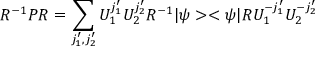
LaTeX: R ^ { - 1 } P R = \sum _ { j _ { 1 } ^ { \prime } , j _ { 2 } ^ { \prime } } U _ { 1 } ^ { j _ { 1 } ^ { \prime } } U _ { 2 } ^ { j _ { 2 } ^ { \prime } } R ^ { - 1 } | \psi > < \psi | R U _ { 1 } ^ { - j _ { 1 } ^ { \prime } } U _ { 2 } ^ { - j _ { 2 } ^ { \prime } }